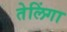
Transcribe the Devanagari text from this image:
तेलिंगा